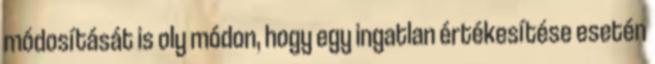
módosítását is oly módon, hogy egy ingatlan értékesítése esetén